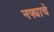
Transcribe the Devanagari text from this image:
नफ्याचे